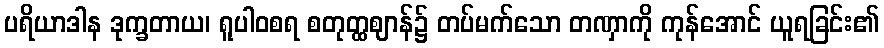
ပရိယာဒါန ဒုက္ခတာယ၊ ရူပါဝစရ စတုတ္ထဈာန်၌ တပ်မက်သော တဏှာကို ကုန်အောင် ယူရခြင်း၏